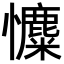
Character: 𢥐